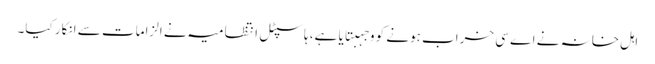
اہل خانہ نے اے سی خراب ہونے کو وجہبتایا ہے، ہاسپٹل انتظامیہ نے الزامات سے انکار کیا۔